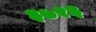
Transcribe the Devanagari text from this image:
३७१३